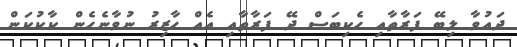
ދައުވާ ލިބޭ ފަރާތާއި ހެކިބަސް ދޭ ފަރާތާއި އެއް ހާޒިރު ނުވާނެހެން ކާކުކަން